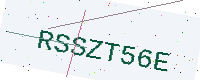
Text: RSSZT56E